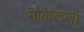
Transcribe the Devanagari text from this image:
मोकलजी